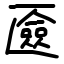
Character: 匳